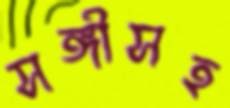
সঙ্গীসহ